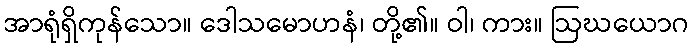
အာရုံရှိကုန်သော။ ဒေါသမောဟနံ၊ တို့၏။ ဝါ၊ ကား။ ဩဃယောဂ